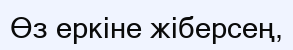
Өз еркіне жіберсең,